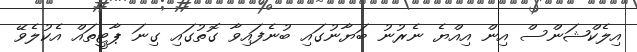
އިލެކްޝަންސް އިން އިއްޔެ ނެރުނު ބަޔާނުގައި ބުނެފައިވާ ގޮތުގައި ގިނަ ޕާޓީތައް އެކުލެވޭ